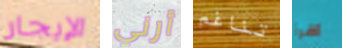
الإيجار أرني تناغم اقرأ